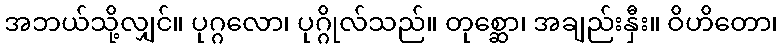
အဘယ်သို့လျှင်။ ပုဂ္ဂလော၊ ပုဂ္ဂိုလ်သည်။ တုစ္ဆော၊ အချည်းနှီး။ ဝိဟိတော၊